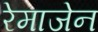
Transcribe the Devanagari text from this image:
रेमाजेन